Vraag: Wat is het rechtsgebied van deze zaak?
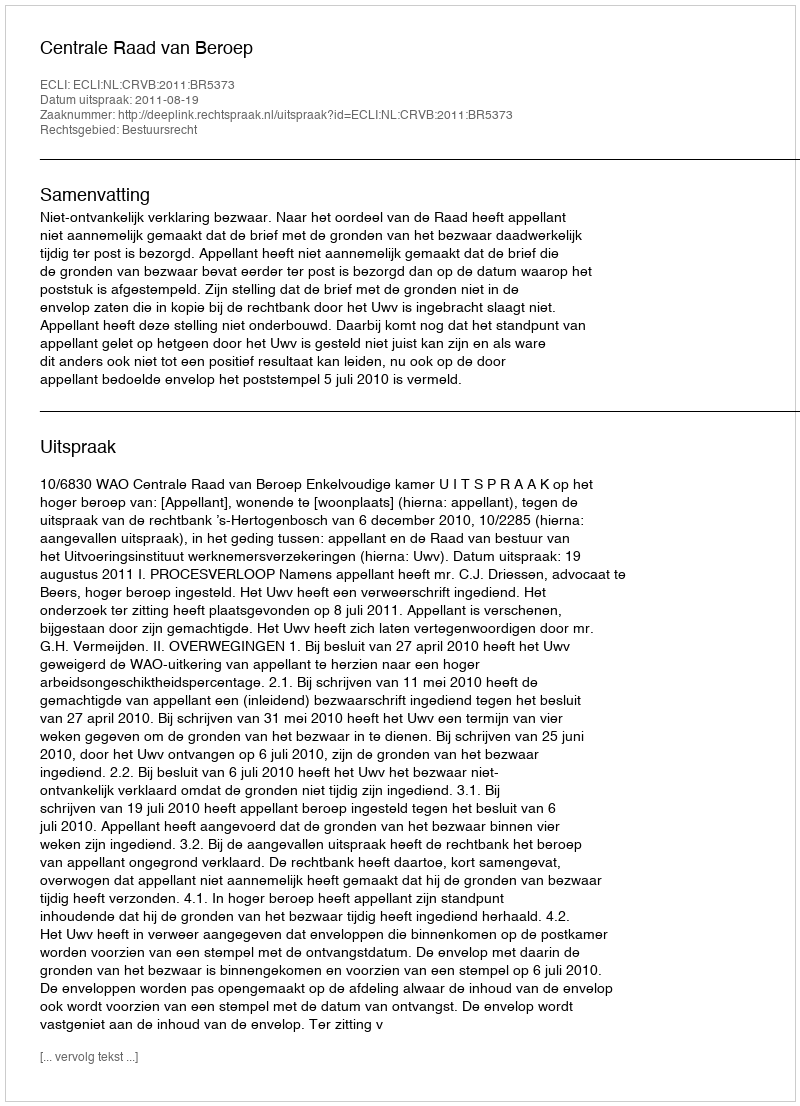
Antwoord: Bestuursrecht